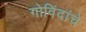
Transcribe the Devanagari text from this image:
गोविंदांचे